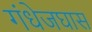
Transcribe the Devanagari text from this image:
गंधेजघास